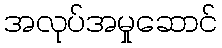
အလုပ်အမှုဆောင်